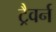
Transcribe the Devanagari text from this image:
ट्रैवर्न